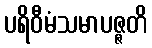
ပရိဝီမံသမာပဇ္ဇတိ